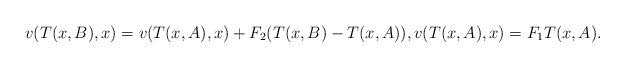
LaTeX: \begin{align*}v(T(x,B),x)=v(T(x,A),x)+F_{2}(T(x,B)-T(x,A)),v(T(x,A),x)=F_{1}T(x,A).\end{align*}